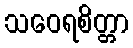
သဝေရစိတ္တာ